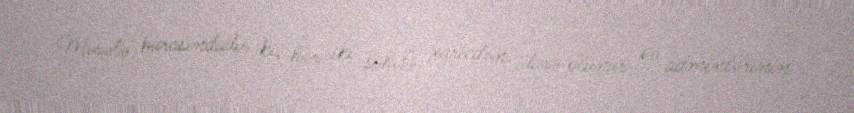
Məsələ burasındadır ki, hər iki səhifə xaricdən idarə olunur və adminlərinin